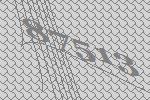
87513